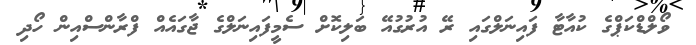
ވޯލްޑްކަޕްގެ ކުއާޓާ ފައިނަލްގައި ރޭ އުރުގުއޭ ބަލިކޮށް ސެމީފައިނަލްގެ ޖާގައެއް ފްރާންސްއިން ހޯދި